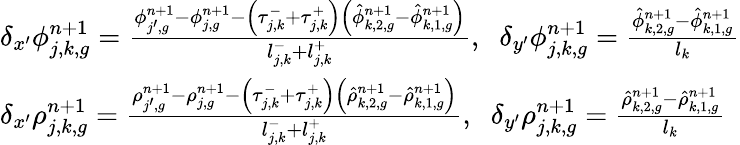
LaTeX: \begin{array}{l}{{\delta_{x^{\prime}}\phi_{j,k,g}^{n+1}=\frac{\phi_{j^{\prime},g}^{n+1}-\phi_{j,g}^{n+1}-\left(\tau_{j,k}^{-}+\tau_{j,k}^{+}\right)\left(\hat{\phi}_{k,2,g}^{n+1}-\hat{\phi}_{k,1,g}^{n+1}\right)}{l_{j,k}^{-}+l_{j,k}^{+}},\; \; \delta_{y^{\prime}}\phi_{j,k,g}^{n+1}=\frac{\hat{\phi}_{k,2,g}^{n+1}-\hat{\phi}_{k,1,g}^{n+1}}{l_{k}}}}\\ {{\delta_{x^{\prime}}\rho_{j,k,g}^{n+1}=\frac{\rho_{j^{\prime},g}^{n+1}-\rho_{j,g}^{n+1}-\left(\tau_{j,k}^{-}+\tau_{j,k}^{+}\right)\left(\hat{\rho}_{k,2,g}^{n+1}-\hat{\rho}_{k,1,g}^{n+1}\right)}{l_{j,k}^{-}+l_{j,k}^{+}},\; \; \delta_{y^{\prime}}\rho_{j,k,g}^{n+1}=\frac{\hat{\rho}_{k,2,g}^{n+1}-\hat{\rho}_{k,1,g}^{n+1}}{l_{k}}}}\end{array}